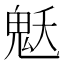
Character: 𩲓